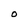
Character: O